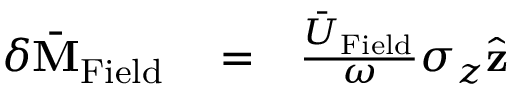
\begin{array} { r l r } { \delta \bar { \bf M } _ { \mathrm { F i e l d } } } & { { } = } & { \frac { \bar { U } _ { \mathrm { F i e l d } } } { \omega } \sigma _ { z } \hat { \bf z } } \end{array}